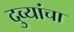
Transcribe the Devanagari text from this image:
दुव्यांचा